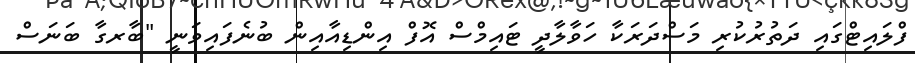
ފްލައިޓްގައި ދަތުރުކުރި މަސްދަރަކާ ހަވާލާދީ ޓައިމްސް އޮފް އިންޑިއާއިން ބުނެފައިވަނީ "ބާރގާ ބަނަސް